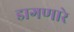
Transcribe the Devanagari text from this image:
डागणारे